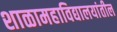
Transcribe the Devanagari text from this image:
शाळामहाविद्यालयांतील